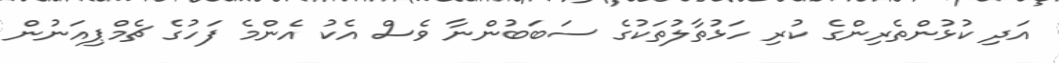
އަދި ކުޅުންތެރިންގެ ކުރި ހަޅުތާލުތަކުގެ ސަބަބުންނާ ވެސް އެކު އެންމެ ފަހުގެ ޗެމްޕިއަނުން